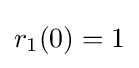
r_{1}{\left(0\right)}=1